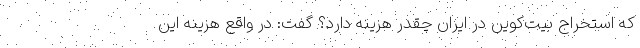
که استخراج بیت‌کوین در ایران چقدر هزینه دارد؟ گفت: در واقع هزینه این